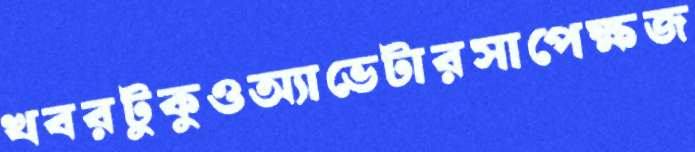
খবরটুকুওঅ্যাভেটারসাপেক্ষজ